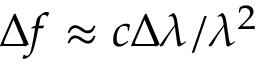
\Delta f \approx c \Delta \lambda / \lambda ^ { 2 }